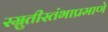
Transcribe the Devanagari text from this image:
स्म्रुतीस्तंभाप्रमाणे